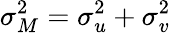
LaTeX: \sigma_{M}^{2}=\sigma_{u}^{2}+\sigma_{v}^{2}